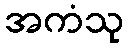
အကံသု